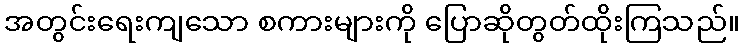
အတွင်းရေးကျသော စကားများကို ပြောဆိုတွတ်ထိုးကြသည်။